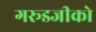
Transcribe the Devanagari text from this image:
गरूडजीको